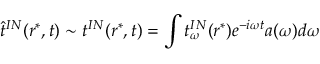
\widehat t ^ { I N } ( r ^ { * } , t ) \sim t ^ { I N } ( r ^ { * } , t ) = \int t _ { \omega } ^ { I N } ( r ^ { * } ) e ^ { - i \omega t } a ( \omega ) d \omega